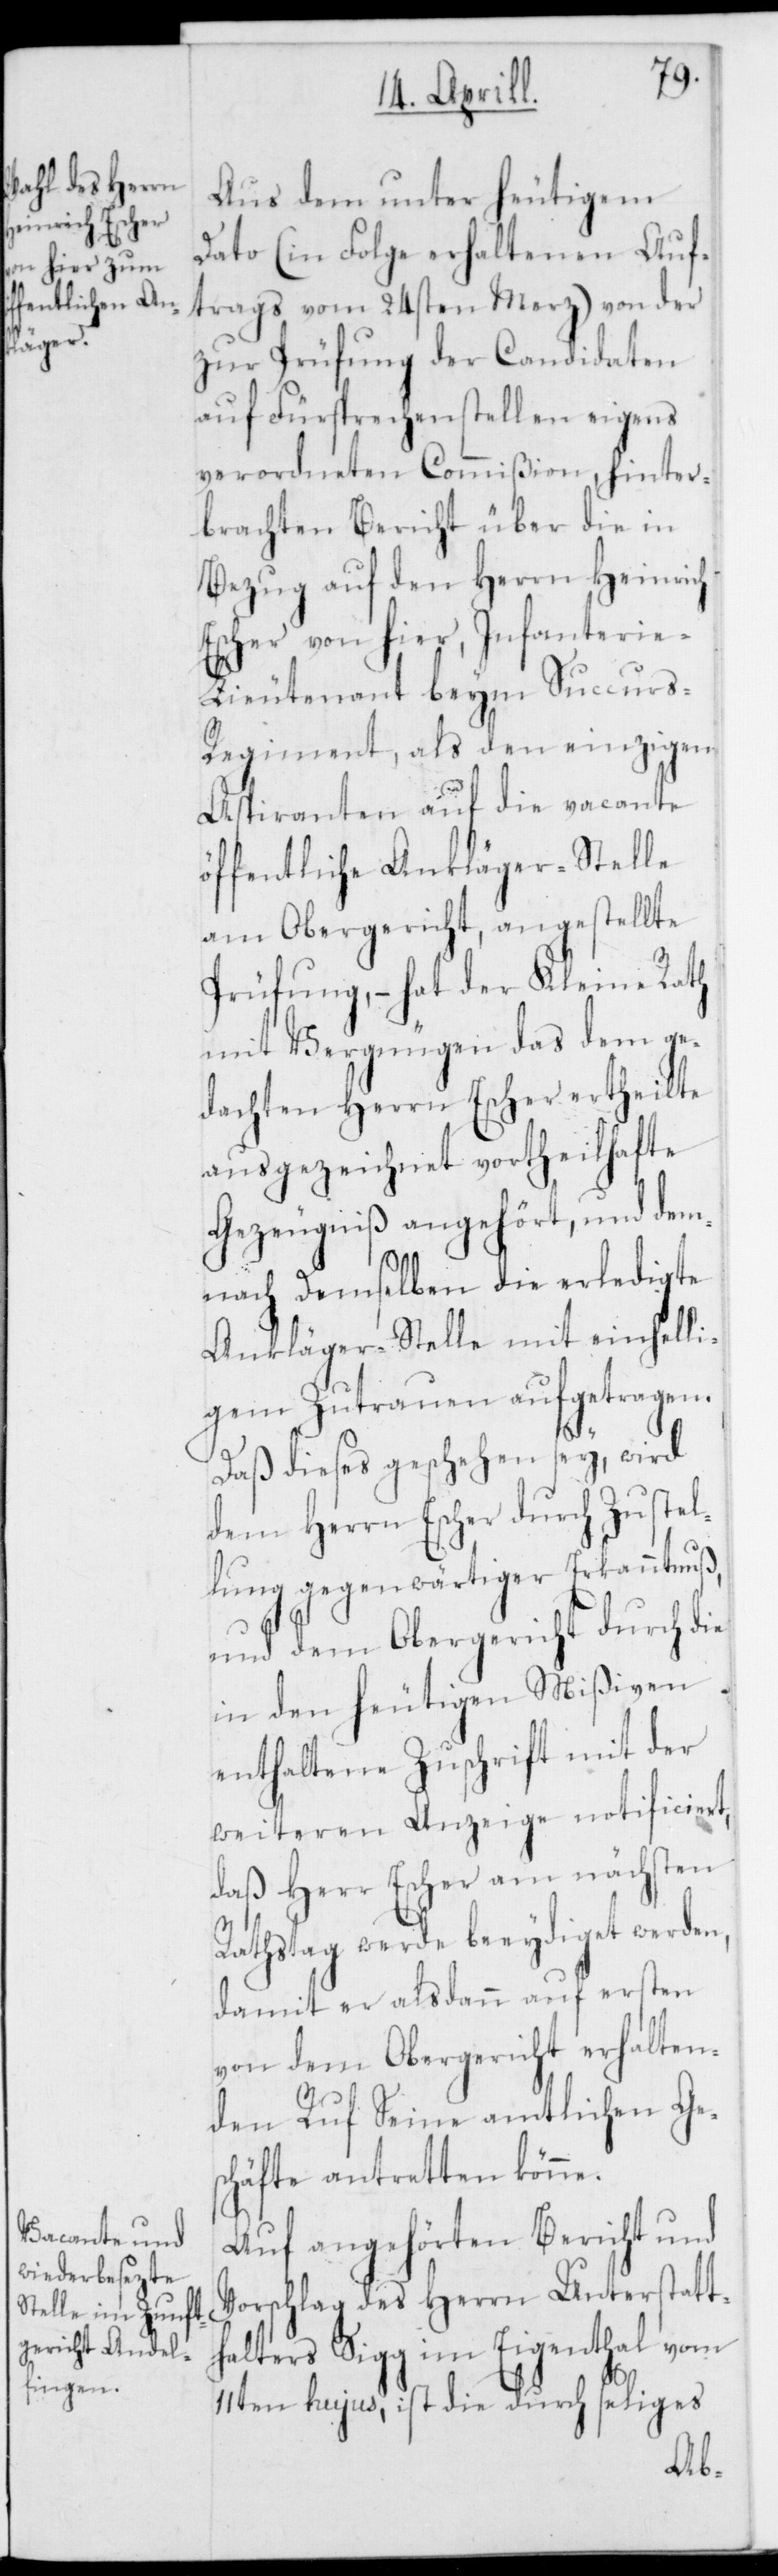
Aus dem unter heutigem
Dato (in Folge erhaltenen Auf¬
trags vom 24sten Merz) von der
zur Prüfung der Candidaten
auf Fürsprechenstellen eigens
verordneten Commißion, hinter¬
brachten Bericht über die in
Bezug auf den Herrn Heinrich
Escher von hier, Infanteri¬
e-Lieutenant beym Succur¬
s-Regiment, als den einzigen
Aspiranten auf die vacante
öffentliche Ankläger-Stelle
am Obergericht, angestellte
Prüfung, – hat der Kleine Rath
mit Vergnügen das dem ge¬
dachten Herrn Escher ertheilte
ausgezeichnet vortheilhafte
Gezeugniß angehört, und dem¬
nach demselben die erledigte
Ankläger-Stelle mit einhelli¬
gem Zutrauen aufgetragen.
Daß dieses geschehen sey, wird
dem Herrn Escher durch Zustel¬
lung gegenwärtiger Erkanntnus,
und dem Obergericht durch die
in den heutigen Mißiven
enthaltene Zuschrift mit der
weiteren Anzeige notificiert,
daß Herr Escher am nächsten
Rathstag werde beeydiget werden,
damit er alsdann auf ersten
von dem Obergericht erhalten¬
en Ruf Seine amtlichen Ge¬
schäfte antretten könne.
Auf angehörten Bericht und
Vorschlag des Herrn Unterstatt¬
halters Sigg im Eigenthal vom
11ten hujus, ist die durch seliges